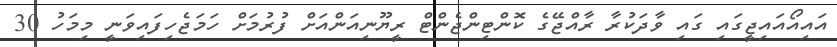
އައިއޯއައިޖީގައި ގައި ވާދަކުރާ ރާއްޖޭގެ ކޮންޓިންޖެންޓް ރީޔޫނިއަންއަށް ފުރުމަށް ހަމަޖެހިފައިވަނީ މިމަހު 30